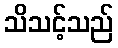
သိသင့်သည်